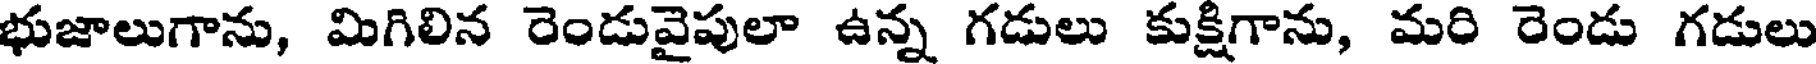
భుజాలుగాను, మిగిలిన రెండువైపులా ఉన్న గడులు కుక్షిగాను, మరి రెండు గడులు